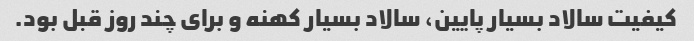
کیفیت سالاد بسیار پایین، سالاد بسیار کهنه و برای چند روز قبل بود.